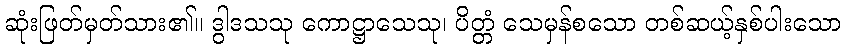
ဆုံးဖြတ်မှတ်သား၏။ ဒွါဒသသု ကောဋ္ဌာသေသု၊ ပိတ္တံ သေမှန်စသော တစ်ဆယ့်နှစ်ပါးသော